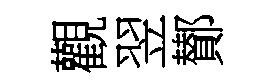
觀翌鄼